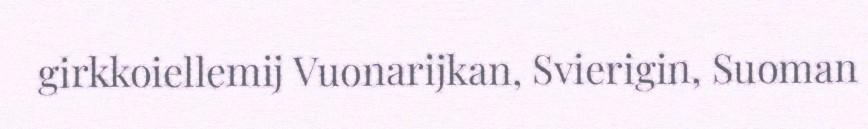
girkkoiellemij Vuonarijkan, Svierigin, Suoman